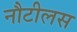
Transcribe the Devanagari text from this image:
नौटीलस